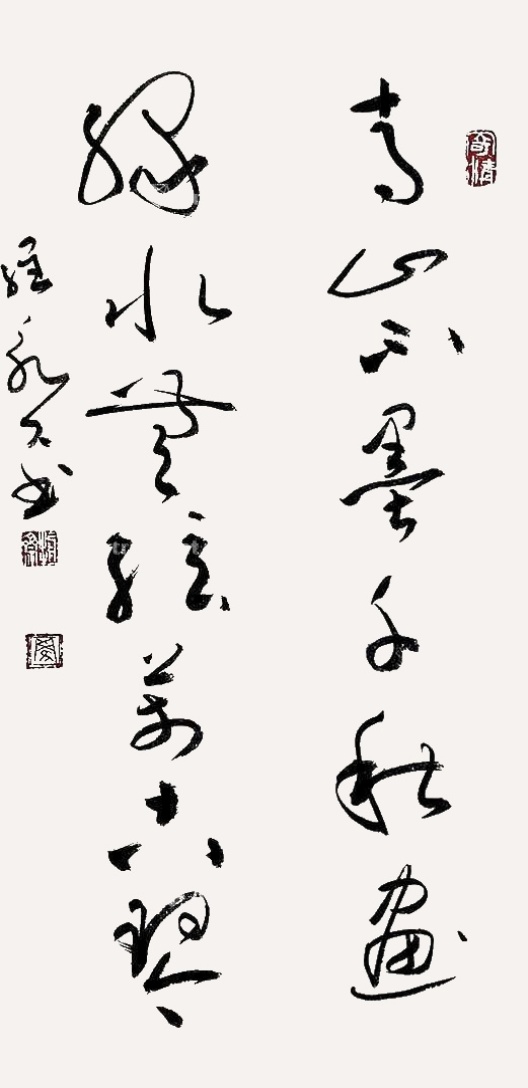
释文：青山不墨千秋画绿水无弦万古琴罗永久